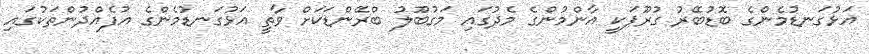
އަޅުގަނޑުމެންގެ ބޮޑުބޭރު ގުރޫޕަކީ އާންމުންގެ މެދުގައި މަގުބޫލު ބްރޭންޑަކަށް ވާތީ އަޅުގަނޑުމެންގެ އުފެއްދުންތަކުގައި